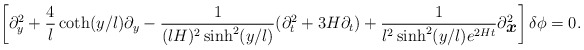
\begin{align*}\left[\partial_y^2 +\frac{4}{l}\coth(y/l)\partial_y -\frac{1}{(lH)^2\sinh^2(y/l)}(\partial_t^2 +3H\partial_t)+\frac{1}{l^2\sinh^2(y/l)e^{2Ht}}\partial_{\mbox{\boldmath $x$}}^2 \right]\delta\phi=0 .\end{align*}